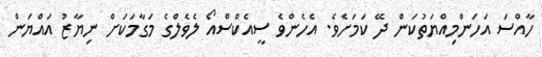
ހާއްސަ އަހަންމިއްޔަތުކަން ދޭ ކަމަށެވެ. އެހެންވެ ސީއެކްސްއޯ ލެވެލްގެ މަގާމަކަށް ނިޔާޒު އައްޔަން